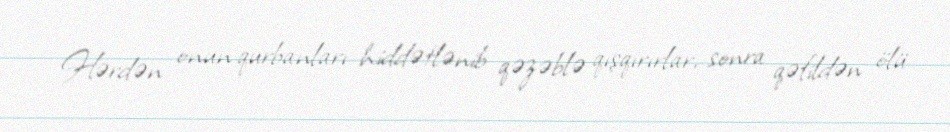
Hərdən onun qurbanları hiddətlənib qəzəblə qışqırırlar, sonra qəfildən ölü